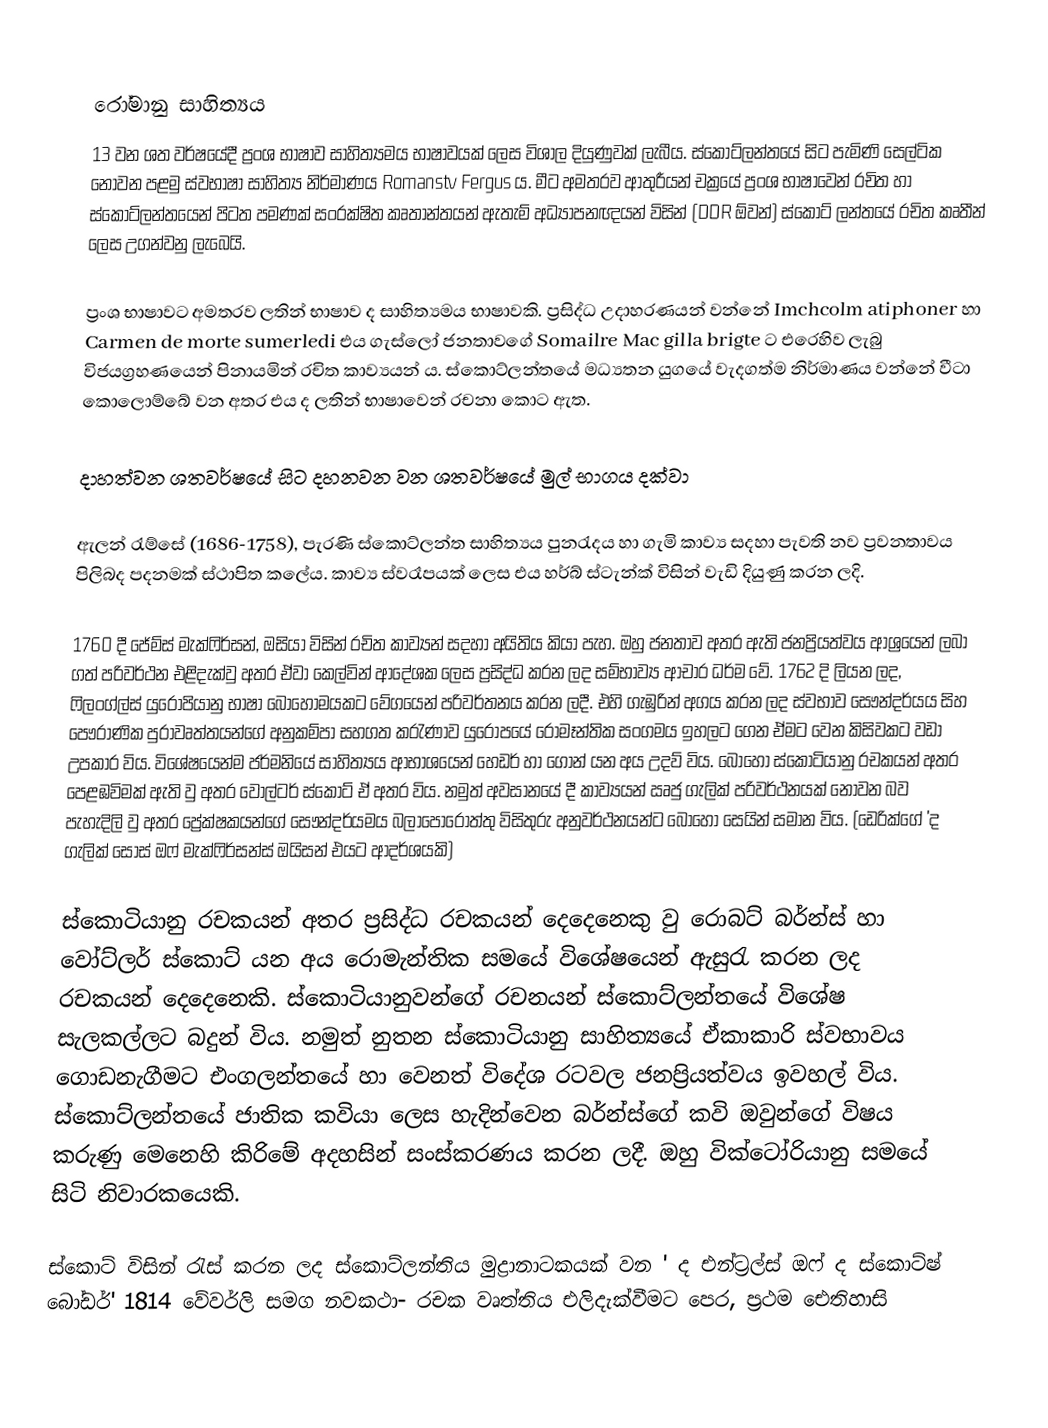

රෝමානු සාහිත්‍යය
13 වන ශත වර්ෂයේදී ප්‍රංශ භාෂාව සාහිත්‍යමය භාෂාවයක් ලෙස විශාල දියුණුවක් ලැබීය. ස්කෝට්ලන්තයේ සිට පැමිණි සෙල්ටික නොවන පළමු ස්වභාෂා සාහිත්‍ය නිර්මාණය Romanstv Fergus ය. මීට අමතරව ආතුරීයන් චක්‍රයේ ප්‍රංශ භාෂාවෙන් රචිත හා ස්කොට්ලන්තයෙන් පිටත පමණක් සංරක්ෂිත කෘතාන්තයන් ඇතැම් අධ්‍යාපනඥයන් විසින් (DDR ඕවන්) ස්කොට් ලන්තයේ රචිත කෘතීන් ලෙස උගන්වනු ලැබෙයි.

ප්‍රංශ භාෂාවට අමතරව ලතින් භාෂාව ද සාහිත්‍යමය භාෂාවකි. ප්‍රසිද්ධ උදාහරණයන් වන්නේ Imchcolm atiphoner හා Carmen de morte sumerledi එය ගැස්ලෝ ජනතාවගේ Somailre Mac gilla brigte ට එරෙහිව ලැබු විජයග්‍රහණයෙන් පිනායමින් රචිත කාව්‍යයන් ය. ස්කොට්ලන්තයේ මධ්‍යතන යුගයේ වැදගත්ම නිර්මාණය වන්නේ වීටා කොලොම්බේ වන අතර එය ද ලතින් භාෂාවෙන් රචනා කොට ඇත.

දාහත්වන ශතවර්ෂයේ සිට දහනවන වන ශතවර්ෂයේ මුල් භාගය දක්වා

ඇලන් රැම්සේ (1686-1758), පැරණි ස්කොට්ලන්ත සාහිත්‍යය පුනරැදය හා ගැමි කාව්‍ය සදහා පැවති නව ප්‍රවනතාවය පිලිබද පදනමක් ස්ථාපිත කලේය. කාව්‍ය ස්වරෑපයක් ලෙස එය හර්බ් ස්ටැන්ක් විසින් වැඩි දියුණු කරන ලදි.

1760 දී ජේම්ස් මැක්ෆිර්සන්, ඔසියා විසින් රචිත කාව්‍යන් සදහා අයිතිය කියා පැහ. ඔහු ජනතාව අතර ඇති ජනප්‍රියත්වය ආශ්‍රයෙන් ලබා ගත් පරිවර්ථන එළිදැක්වු අතර ඒවා කෙල්වින් ආදේශක ලෙස ප්‍රසිද්ධ කරන ලද සම්භාව්‍ය ආචාර ධර්ම වේ. 1762 දි ලියන ලද, ෆිලංග්ල්ස් යුරෝපියානු භාෂා බොහෝමයකට වේගයෙන් පරිවර්තනය කරන ලදී. එහි ගැඹුරින් අගය කරන ලද ස්වභාව සෞන්දර්යය සිහ පෞරාණික පුරාවෘත්තයන්ගේ අනුකම්පා සහගත කරැණාව යුරෝපයේ රොමෑන්තික සංගමය ඉහලට ගෙන ඒමට වෙන කිසිවකට වඩා උපකාර විය. විශේෂයෙන්ම ජර්මනියේ සාහිත්‍යය ආභාශයෙන් හෙඩර් හා ගොන් යන අය උදව් විය. බොහෝ ස්කොටියානු රචකයන් අතර පෙළඹවිමක් ඇති වු අතර වෝල්ටර් ස්කොට් ඒ අතර විය. නමුත් අවසානයේ දී කාව්‍යයන් ඍජු ගැලික් පරිවර්ථනයක් නොවන බව පැහැදිලි වු අතර ප්‍රේක්ෂකයන්‍ගේ සෞන්දර්යමය බලාපොරො‍ත්තු විසිතුරු අනුවර්ථනයන්ට බොහෝ සෙයින් සමාන විය. (ඩෙරික්ගේ 'ද ගැලික් සෝස් ඔ‍ෆ් මැක්ෆිර්සන්ස් ඔයිසන් එයට ආදර්ශයකි)

ස්කොටියානු රචකයන් අතර ප්‍රසිද්ධ රචකයන් දෙදෙනෙකු වු රොබට් බර්න්ස් හා වෝට්ලර් ස්කොට් යන අය රොමැන්තික සමයේ විශේෂයෙන් ඇසුරැ කරන ලද රචකයන් දෙදෙනෙකි. ස්කොටියානුවන්ගේ රචනයන් ස්කොට්ලන්තයේ විශේෂ සැලකල්ලට බදුන් විය. නමුත් නුතන ස්කොටියානු සාහිත්‍යයේ ඒකාකාරි ස්වභාවය ගොඩනැගීමට එංගලන්තයේ හා වෙනත් විදේශ රටවල ජනප්‍රියත්වය ඉවහල් විය. ස්කොට්ලන්තයේ ජාතික කවියා ලෙස හැදින්වෙන බර්න්ස්ගේ කවි ඔවුන්ගේ විෂය කරුණු මෙනෙහි කිරිමේ අදහසින් සංස්කරණය කරන ලදී. ඔහු වික්ටෝරියානු සමයේ සිටි නිවාරකයෙකි.

ස්කොට් විසින් රැස් කරන ලද ස්කොට්ලන්තිය මුද්‍රානාටකයක් වන ' ද එන්ට්‍රල්ස් ඔෆ් ද ස්කොට්ෂ් බෝඩර්' 1814 වේවර්ලි සමග නවකථා- රචක වෘත්තිය එලිදැක්වීමට පෙර, ප්‍රථම ඓතිහාසි